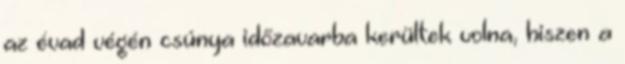
az évad végén csúnya időzavarba kerültek volna, hiszen a